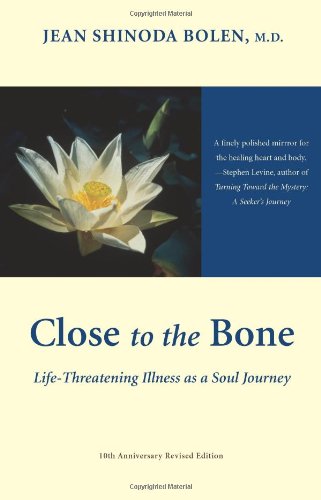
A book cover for Close to the Bone: Life-Threatening Illness As a Soul Journey; Jean Shinoda Bolen; Self-Help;